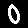
Digit: 0